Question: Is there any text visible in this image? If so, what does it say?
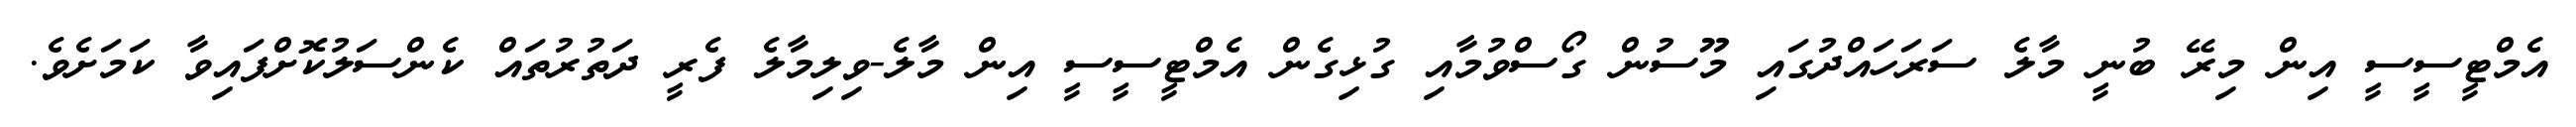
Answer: އެމްޓީސީސީ އިން މިރޭ ބުނީ މާލެ ސަރަހައްދުގައި މޫސުން ގޯސްވުމާއި ގުޅިގެން އެމްޓީސީސީ އިން މާލެ-ވިލިމާލެ ފެރީ ދަތުރުތައް ކެންސަލުކޮށްފައިވާ ކަމަށެވެ.